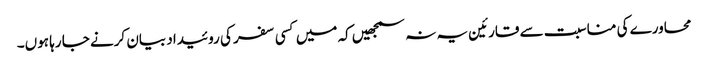
محاورے کی مناسبت سے قارئین یہ نہ سمجھیں کہ میں کسی سفر کی روئیداد بیان کرنے جا رہا ہوں۔